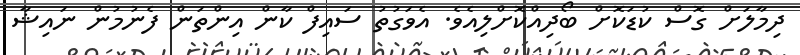
ދިމާލަށް ގޮސް ކުޑަކޮށް ބޯދިއްކޮށްލިއެވެ. އެވަގުތު ސައިފް ކާން އިންތަން ފެނުމުން ނައިޝާ